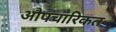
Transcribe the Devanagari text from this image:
औपचारिकत